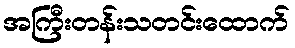
အကြီးတန်းသတင်းထောက်